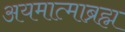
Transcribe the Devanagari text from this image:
अयमात्माब्रह्म